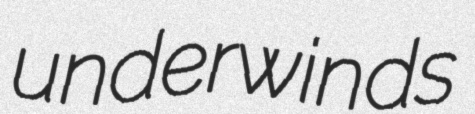
underwinds